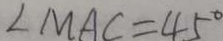
\angle M A C = 4 5 ^ { \circ }